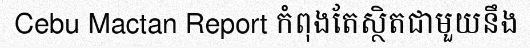
Cebu Mactan Report កំពុងតែស្ថិតជាមួយនឹង